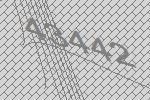
43442